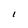
Character: I